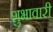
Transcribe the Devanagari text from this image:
शुभावारी